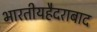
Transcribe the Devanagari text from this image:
भारतीयहैदराबाद